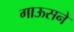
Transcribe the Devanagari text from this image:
गाऊसने